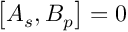
\left[ A _ { s } , B _ { p } \right] = 0